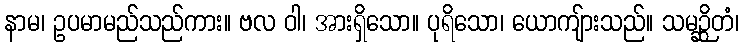
နာမ၊ ဥပမာမည်သည်ကား။ ဗလ ဝါ၊ အားရှိသော။ ပုရိသော၊ ယောကျ်ားသည်။ သမဉ္ဆိတံ၊